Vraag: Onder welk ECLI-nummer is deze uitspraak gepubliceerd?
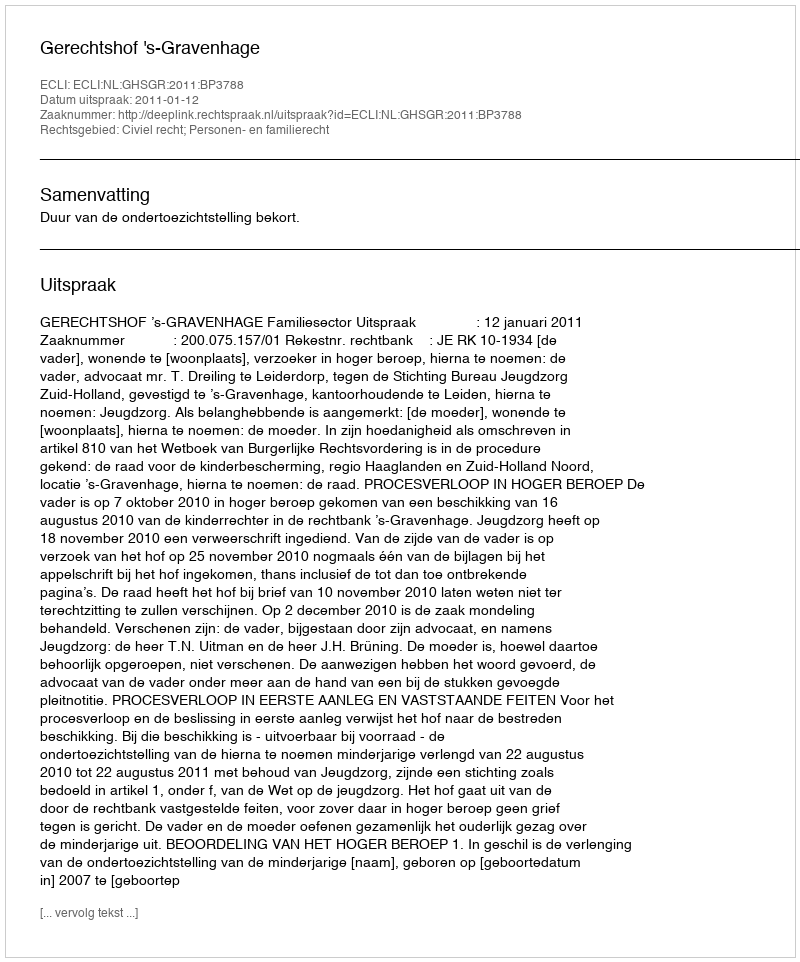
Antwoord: ECLI:NL:GHSGR:2011:BP3788